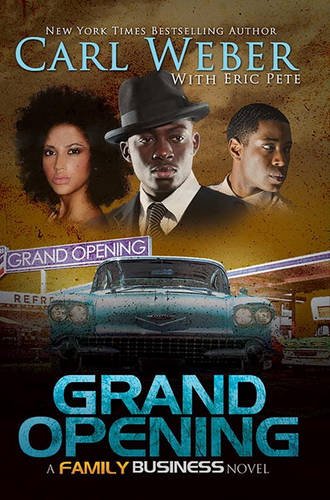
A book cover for Grand Opening: A Family Business Novel (Family Business Novels); Carl Weber; Literature & Fiction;